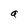
Character: a